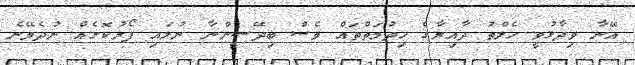
އޭނާ ވިދާޅުވީ ހެލްތު ދާއިރާގެ ހިދުމަތްތައް ވެސް ބިދޭސީންނާ ނުލައި ފޯރުކޮށެއް ނުދެވޭނެ